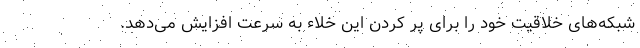
شبکه‌های خلاقیت خود را برای پر کردن این خلاء به سرعت افزایش می‌دهد.